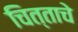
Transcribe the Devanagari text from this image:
चित्ताचे